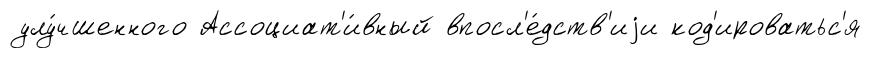
улу́чшенного Ассоциат'и́вный впосл'е́дств'иjи код'ироватьс'я